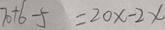
7 0 + 6 - 5 = 2 0 x - 2 x